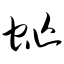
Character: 虻